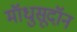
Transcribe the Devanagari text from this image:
मॉधुसूदॉन